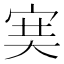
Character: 𡨏